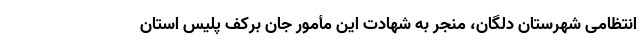
انتظامی شهرستان دلگان، منجر به شهادت این مأمور جان برکف پلیس استان